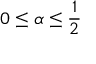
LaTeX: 0 \leq \alpha \leq \frac { 1 } { 2 }